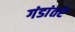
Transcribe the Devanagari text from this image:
गंडांतरे